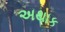
અથાક